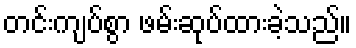
တင်းကျပ်စွာ ဖမ်းဆုပ်ထားခဲ့သည်။